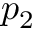
p _ { 2 }